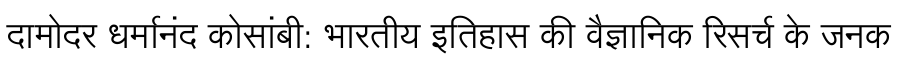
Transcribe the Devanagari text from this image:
दामोदर धर्मानंद कोसांबी: भारतीय इतिहास की वैज्ञानिक रिसर्च के जनक